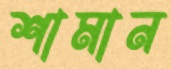
শামান